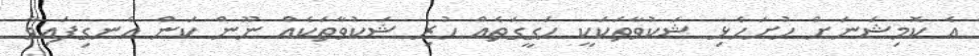
އެ ކޮމިޝަނަށް ހުށަހެޅި ޝަކުވާތަކަކީ ހަގީގަތެއް ހުރި ޝަކުވާތަކެއް ނޫން ކަން އެނގިފައިވާ